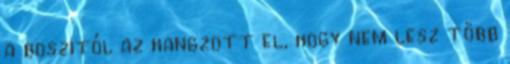
a boszitól az hangzott el, hogy nem lesz több